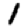
Digit: 1